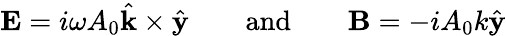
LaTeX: {\mathbf E}=i\omega A_{0}\hat{{\mathbf k}}\times\hat{{\mathbf y}}\quad\quad\mathrm{and}\quad\quad{\mathbf B}=-iA_{0}k\hat{{\mathbf y}}